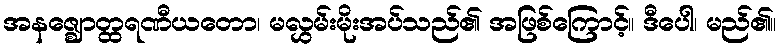
အနဇ္ဈောတ္ထရဏီယတော၊ မလွှမ်းမိုးအပ်သည်၏ အဖြစ်ကြောင့်။ ဒီပေါ၊ မည်၏။